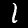
Digit: 1